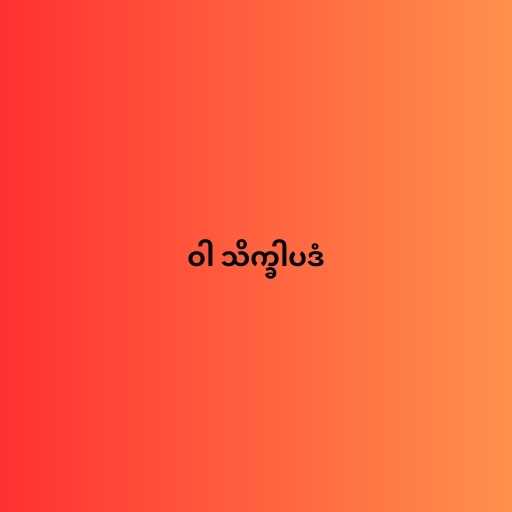
ဝါ သိက္ခါပဒံ